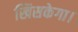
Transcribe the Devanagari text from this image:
खिसकेगा।